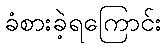
ခံစားခဲ့ရကြောင်း